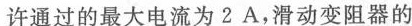
许通过的最大电流为2A，滑动变阻器的